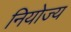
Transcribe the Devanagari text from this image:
नियोज्य